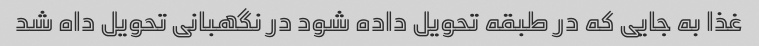
غذا به جایی که در طبقه تحویل داده شود در نگهبانی تحویل داه شد